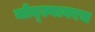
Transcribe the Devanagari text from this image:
जोद्ल्यावरच